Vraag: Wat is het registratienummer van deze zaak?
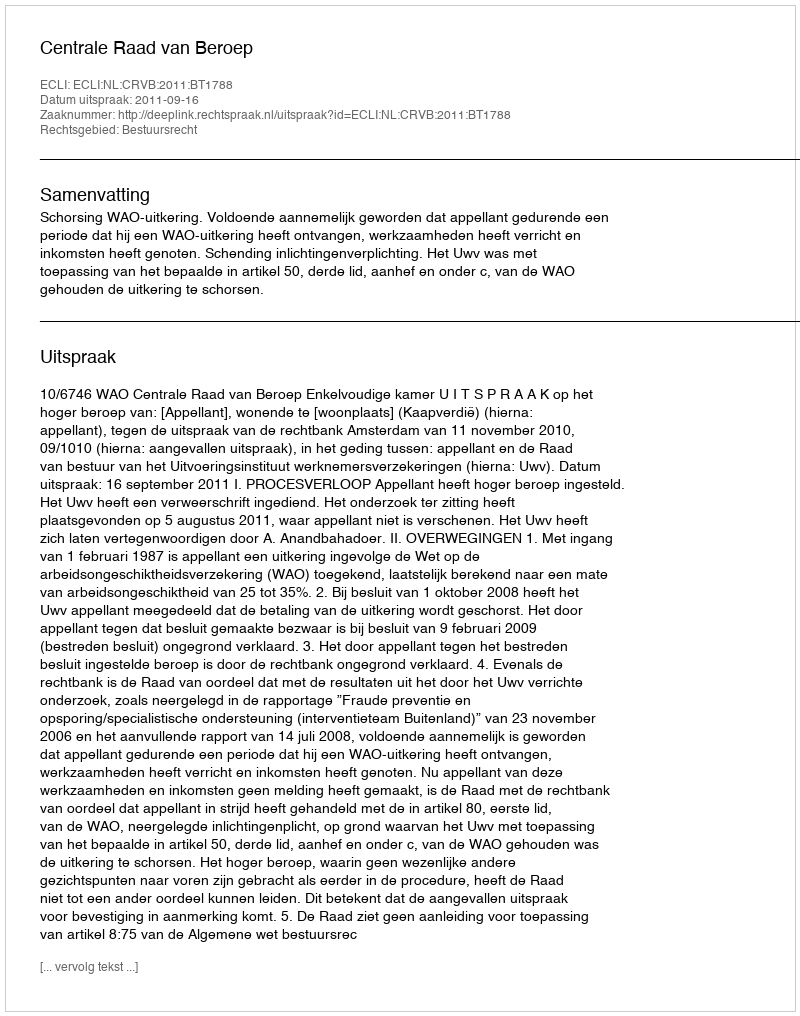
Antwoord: http://deeplink.rechtspraak.nl/uitspraak?id=ECLI:NL:CRVB:2011:BT1788